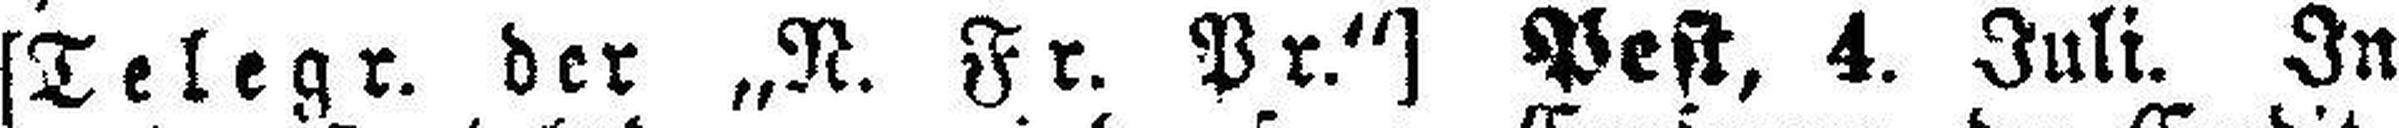
[Telegr. der „N. Fr. Pr.“] Pest, 4. Juli. In